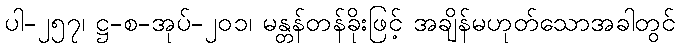
ပါ-၂၅၇၊ ဋ္ဌ-စ-အုပ်-၂၀၁၊ မန္တန်တန်ခိုးဖြင့် အချိန်မဟုတ်သောအခါတွင်